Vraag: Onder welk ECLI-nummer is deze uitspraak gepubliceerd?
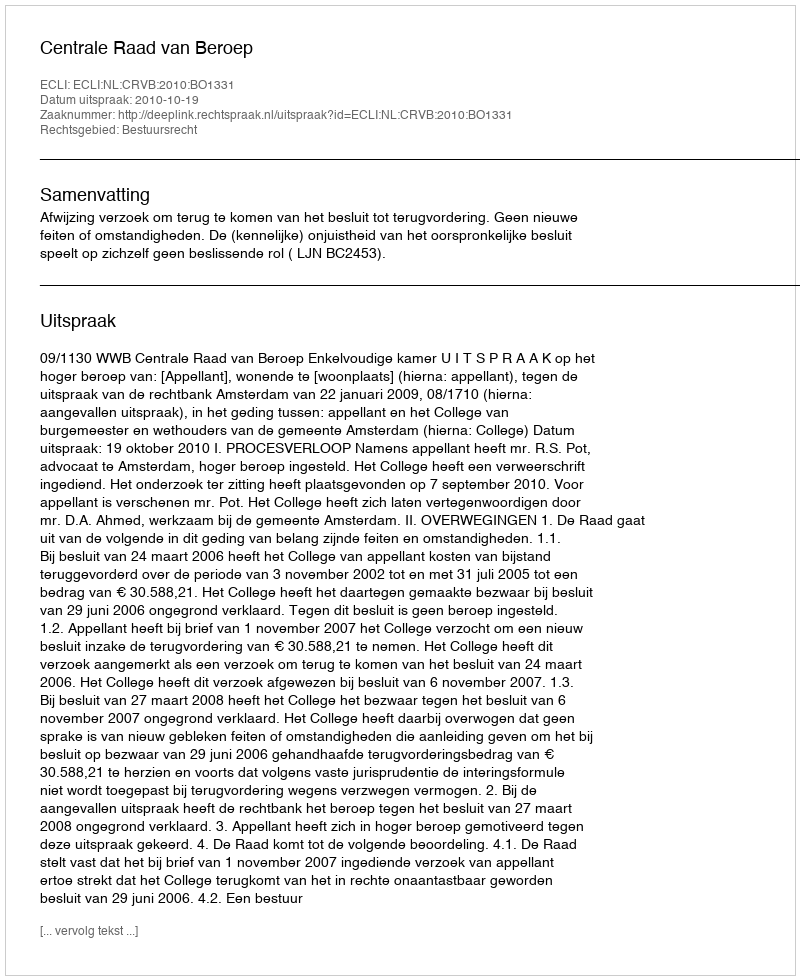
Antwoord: ECLI:NL:CRVB:2010:BO1331